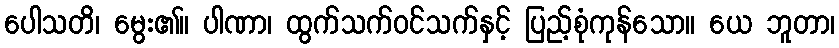
ပေါသတိ၊ မွေး၏။ ပါဏာ၊ ထွက်သက်ဝင်သက်နှင့် ပြည့်စုံကုန်သော။ ယေ ဘူတာ၊